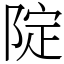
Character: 䧑